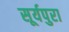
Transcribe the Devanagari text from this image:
सूर्यपुरा